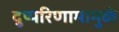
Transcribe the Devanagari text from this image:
दुष्परिणामामुळे